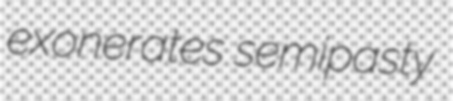
exonerates semipasty